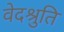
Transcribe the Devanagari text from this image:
वेदश्रुति